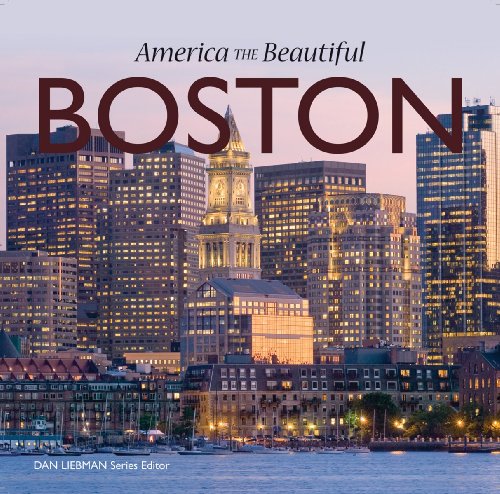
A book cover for Boston (America the Beautiful); Jordan Worek; Travel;